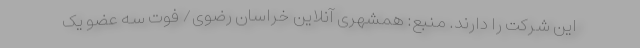
این شرکت را دارند. منبع: همشهری آنلاین خراسان رضوی/ فوت سه عضو یک